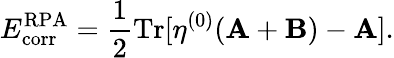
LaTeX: E_{\mathrm{corr}}^{\mathrm{RPA}}=\frac{1}{2}\mathrm{Tr}[\mathbf{\eta}^{(0)}(\mathbf{A}+\mathbf{B})-\mathbf{A}].